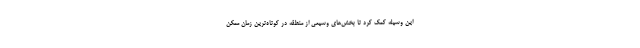
این وسیله کمک کرد تا بخش‌های وسیعی از منطقه در کوتاه‌ترین زمان ممکن